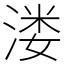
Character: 溇